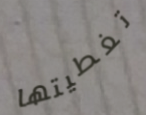
تغطيتها